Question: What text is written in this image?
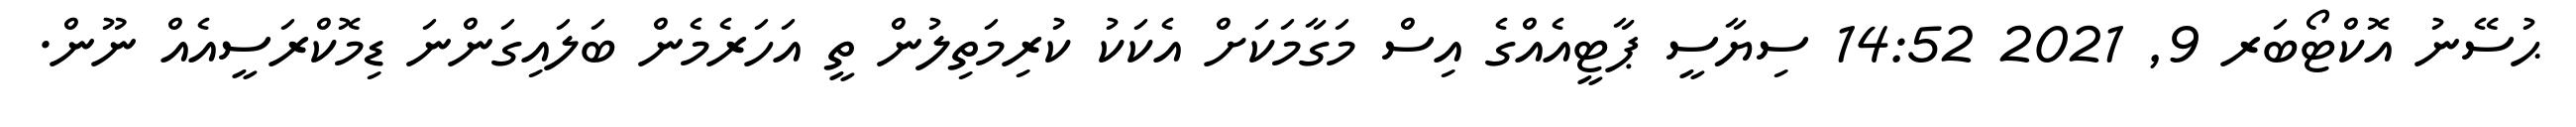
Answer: ޙުސޭނު އޮކްޓޯބަރ 9, 2021 14:52 ސިޔާސީ ޕާޓީއެއްގެ އިސް މަގާމަކަށް އެކަކު ކުރިމަތިލުން ތީ އަހަރެމެން ބަލައިގަންނަ ޑިމޮކްރަސީއެއް ނޫން.